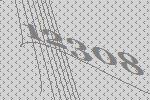
12308